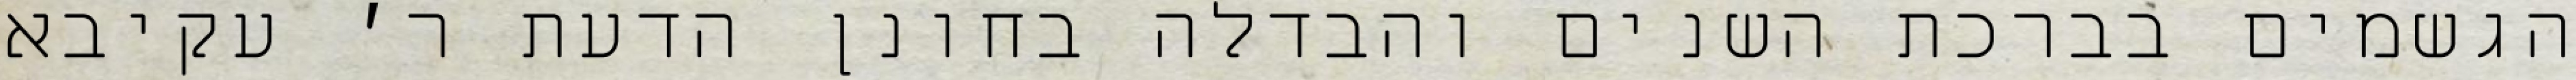
הגשמים בברכת השנים והבדלה בחונן הדעת ר׳ עקיבא